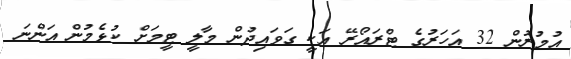
އުމުރުން 32 އަހަރުގެ ޓްރައޯރޭ އަކީ ގަވައިދުން މާލީ ޓީމަށް ކުޅެމުން އަންނަ